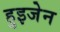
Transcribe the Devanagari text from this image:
हुइजेन